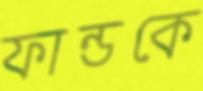
ফান্ডকে